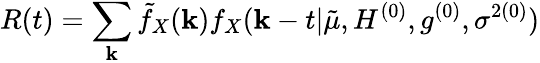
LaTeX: R(t)=\sum_{\mathbf{k}}\tilde{{f}}_{X}(\mathbf{k})f_{X}(\mathbf{k}-t|\tilde{{\mu}},H^{(0)},g^{(0)},\sigma^{2(0)})